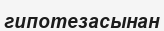
гипотезасынан